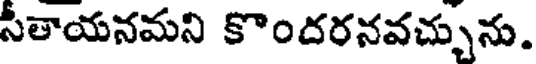
సీతాయనమని కొందరనవచ్చును.